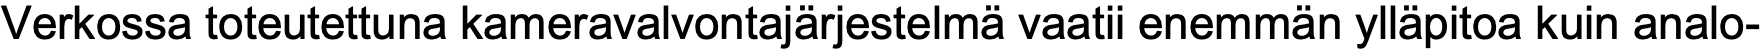
Verkossa toteutettuna kameravalvontajärjestelmä vaatii enemmän ylläpitoa kuin analo-